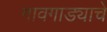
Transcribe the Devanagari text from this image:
गावगाड्याचे